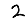
Digit: 2